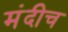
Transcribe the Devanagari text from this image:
मंदीच